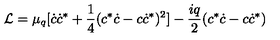
{ \cal L } = \mu _ { q } [ \dot { c } \dot { c } ^ { * } + \frac { 1 } { 4 } ( c ^ { * } \dot { c } - c \dot { c } ^ { * } ) ^ { 2 } ] - \frac { i q } { 2 } ( c ^ { * } \dot { c } - c \dot { c } ^ { * } )